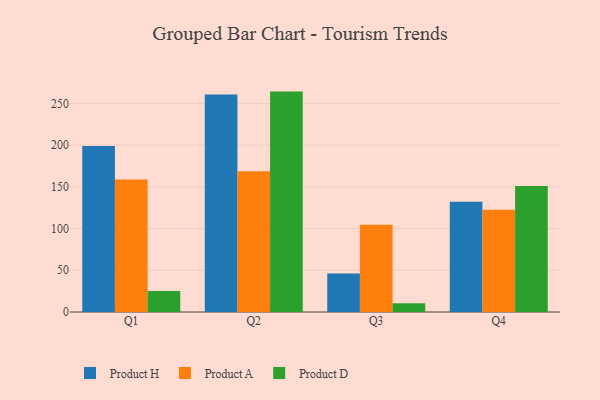
{"axis": {"x": "Quarter", "y": "Active Users"}, "legend": ["Product A", "Product D", "Product H"], "data": [{"x": "Q1", "y": 199.0, "type": "Product H"}, {"x": "Q1", "y": 158.9, "type": "Product A"}, {"x": "Q1", "y": 25.3, "type": "Product D"}, {"x": "Q2", "y": 260.7, "type": "Product H"}, {"x": "Q2", "y": 168.6, "type": "Product A"}, {"x": "Q2", "y": 264.2, "type": "Product D"}, {"x": "Q3", "y": 46.2, "type": "Product H"}, {"x": "Q3", "y": 104.6, "type": "Product A"}, {"x": "Q3", "y": 10.4, "type": "Product D"}, {"x": "Q4", "y": 132.1, "type": "Product H"}, {"x": "Q4", "y": 122.7, "type": "Product A"}, {"x": "Q4", "y": 150.9, "type": "Product D"}]}